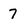
Character: 7